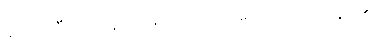
ဆိုအပ်ပြီးသောနည်းဖြင့်သာလျှင်။ ဝေဒိတဗ္ဗံ၊ သိအပ်၏။